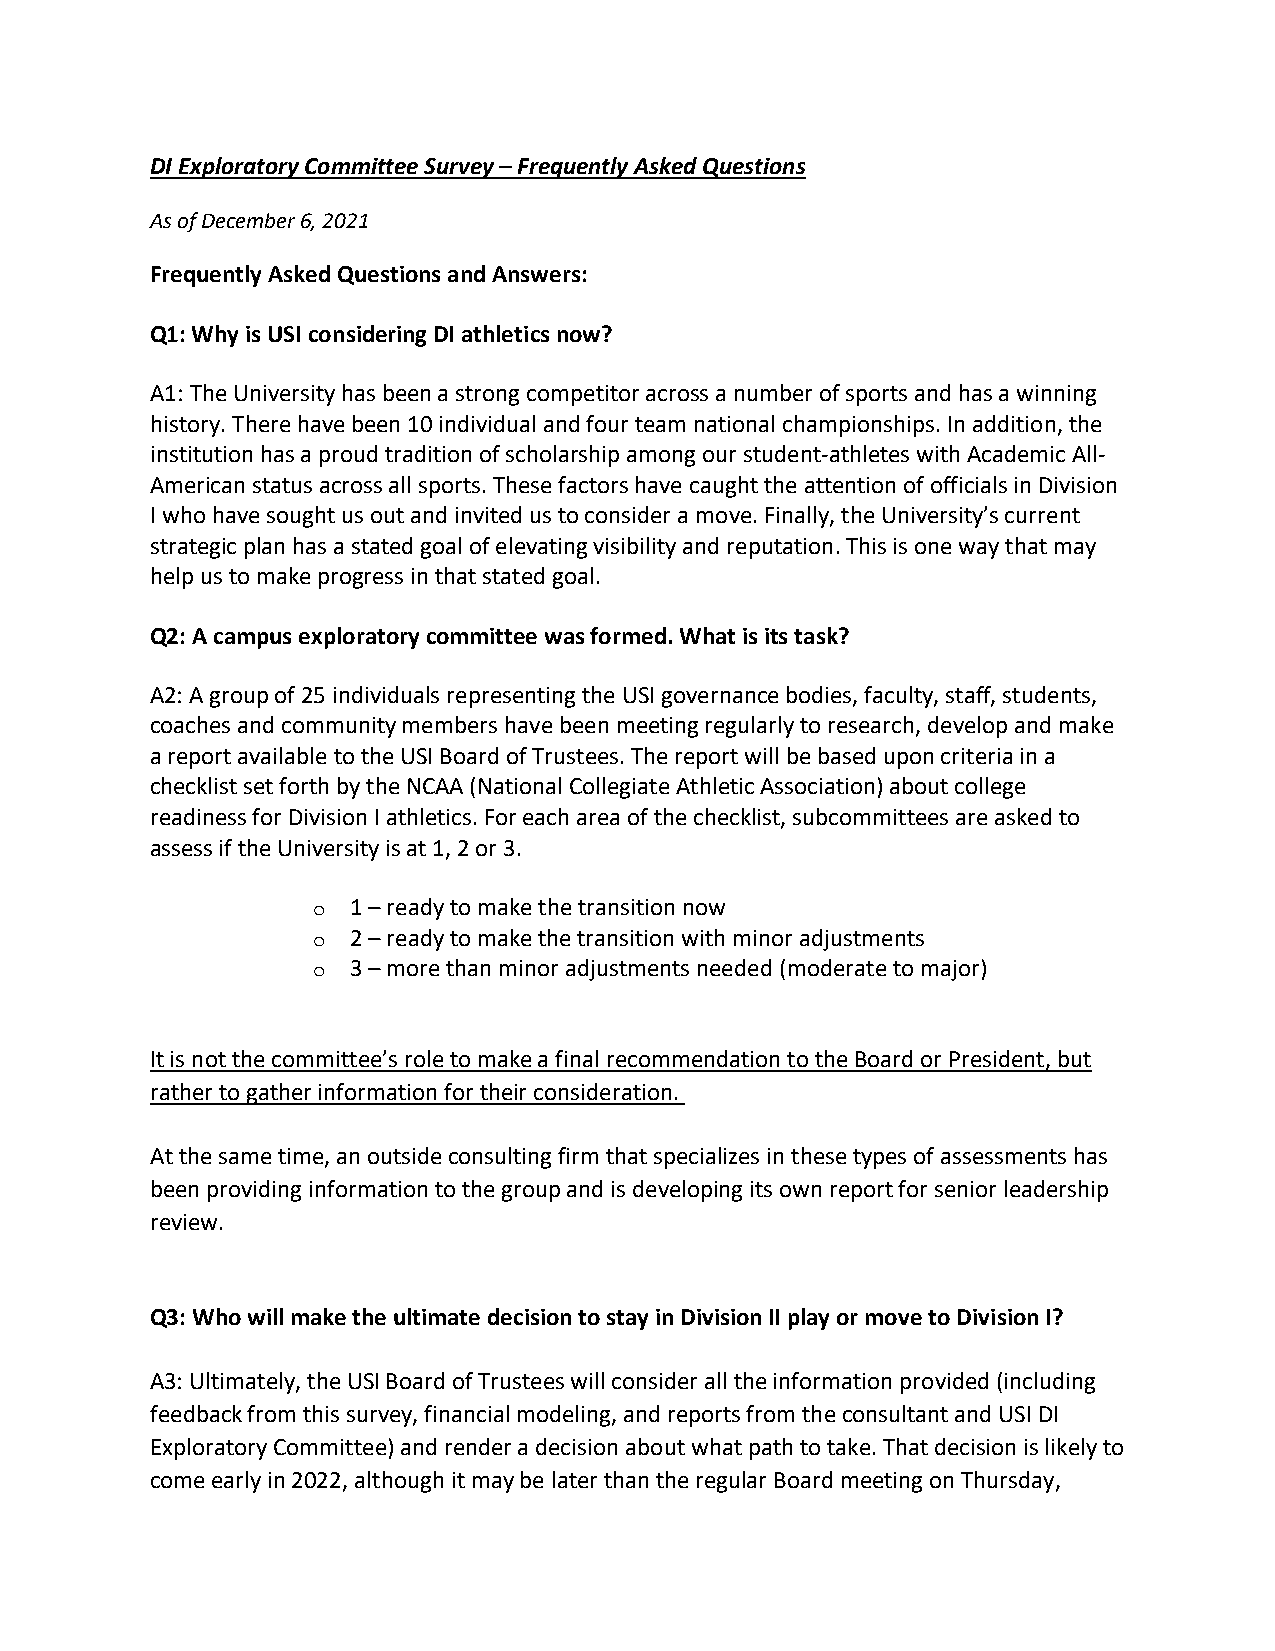
DI Exploratory Committee Survey – Frequently Asked Questions
 As of December 6, 2021
 Frequently Asked Questions and Answers:
 Q1: Why is USI considering DI athletics now?
 A1: The University has been a strong competitor across a number of sports and has a winning
 history. There have been 10 individual and four team national championships. In addition, the
 institution has a proud tradition of scholarship among our student-athletes with Academic All-
 American status across all sports. These factors have caught the attention of officials in Division
 I who have sought us out and invited us to consider a move. Finally, the University’s current
 strategic plan has a stated goal of elevating visibility and reputation. This is one way that may
 help us to make progress in that stated goal.
 Q2: A campus exploratory committee was formed. What is its task?
 A2: A group of 25 individuals representing the USI governance bodies, faculty, staff, students,
 coaches and community members have been meeting regularly to research, develop and make
 a report available to the USI Board of Trustees. The report will be based upon criteria in a
 checklist set forth by the NCAA (National Collegiate Athletic Association) about college
 readiness for Division I athletics. For each area of the checklist, subcommittees are asked to
 assess if the University is at 1, 2 or 3.
 1 – ready to make the transition now
 o
 2 – ready to make the transition with minor adjustments
 o
 3 – more than minor adjustments needed (moderate to major)
 o
 It is not the committee’s role to make a final recommendation to the Board or President, but
 rather to gather information for their consideration.
 At the same time, an outside consulting firm that specializes in these types of assessments has
 been providing information to the group and is developing its own report for senior leadership
 review.
 Q3: Who will make the ultimate decision to stay in Division II play or move to Division I?
 A3: Ultimately, the USI Board of Trustees will consider all the information provided (including
 feedback from this survey, financial modeling, and reports from the consultant and USI DI
 Exploratory Committee) and render a decision about what path to take. That decision is likely to
 come early in 2022, although it may be later than the regular Board meeting on Thursday,